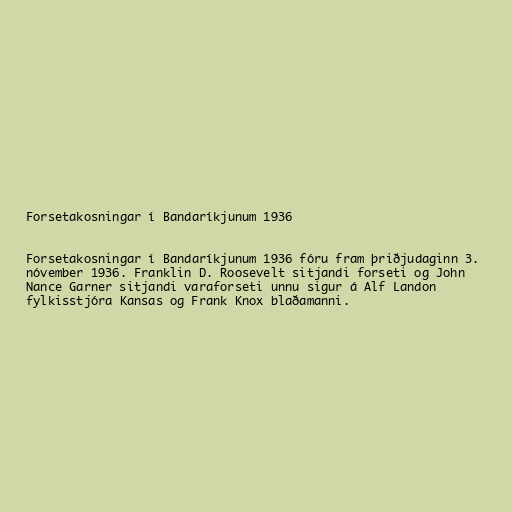
Forsetakosningar í Bandaríkjunum 1936

Forsetakosningar í Bandaríkjunum 1936 fóru fram þriðjudaginn 3.
nóvember 1936. Franklin D. Roosevelt sitjandi forseti og John
Nance Garner sitjandi varaforseti unnu sigur á Alf Landon
fylkisstjóra Kansas og Frank Knox blaðamanni.